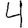
Digit: 4